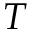
T